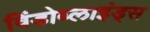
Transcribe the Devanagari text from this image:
विंडोब्लाइंड्स